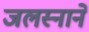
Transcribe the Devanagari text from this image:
जलस्नाने